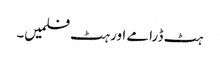
ہٹ ڈرامے اور ہٹ فلمیں۔